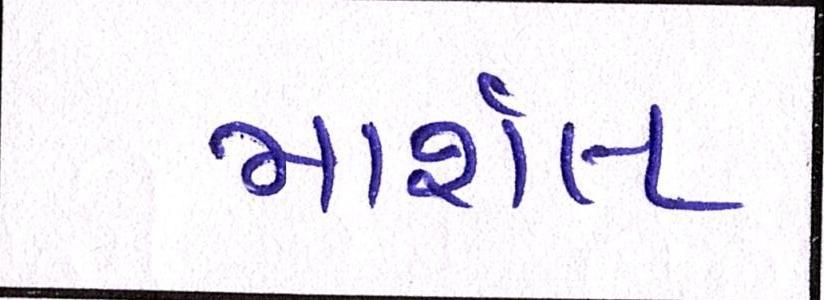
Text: માર્શલ